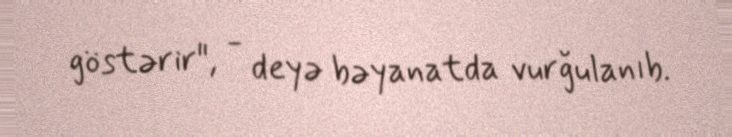
göstərir", - deyə bəyanatda vurğulanıb.